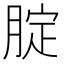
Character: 腚